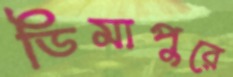
ডিমাপুরে